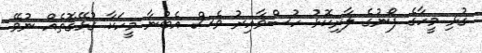
ގުޅި މީހާގެ ފޯނުގެ ލާރިކޮޅު ހުސްވާއިރު ވެސް އެބުނާ މީހަކާ ގުޅޭގޮތެއް ނުވޭ.